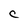
Character: C